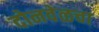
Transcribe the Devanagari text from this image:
दोनवेळचा